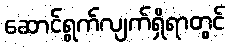
ဆောင်ရွက်လျက်ရှိရာတွင်